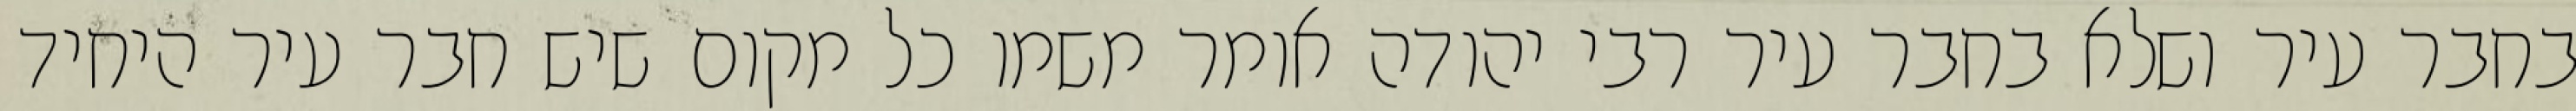
בחבר עיר ושלא בחבר עיר רבי יהודה אומר משמו כל מקום שיש חבר עיר היחיד